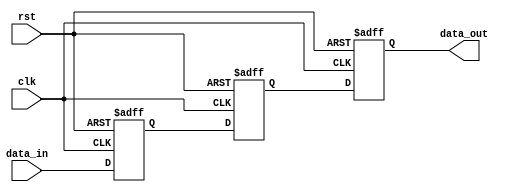
module three_flop_synchronizer (
    input wire clk,         // Clock signal
    input wire rst,         // Reset signal
    input wire data_in,     // Input signal to be synchronized
    output reg data_out     // Synchronized output signal
);

reg [2:0] stage1, stage2, stage3;

// Synchronize input data using three flip-flops
always @(posedge clk or posedge rst)
begin
    if (rst)
    begin
        stage1 <= 1'b0;
        stage2 <= 1'b0;
        stage3 <= 1'b0;
    end
    else
    begin
        stage1 <= data_in;
        stage2 <= stage1;
        stage3 <= stage2;
    end
end

// Output synchronized data
assign data_out = stage3;

endmodule